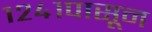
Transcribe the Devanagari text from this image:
१२४१पासून